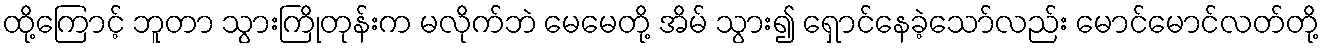
ထို့ကြောင့် ဘူတာ သွားကြိုတုန်းက မလိုက်ဘဲ မေမေတို့ အိမ် သွား၍ ရှောင်နေခဲ့သော်လည်း မောင်မောင်လတ်တို့